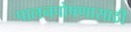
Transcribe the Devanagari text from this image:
पालनपोषणासाठी